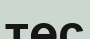
төс